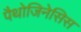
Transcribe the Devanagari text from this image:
पैथोजिनेसिस